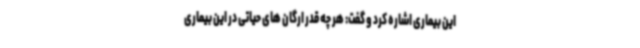
این بیماری اشاره کرد و گفت: هر چه قدر ارگان های حیاتی در این بیماری